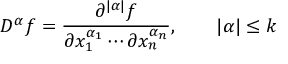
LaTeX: D ^ { \alpha } f = { \frac { \partial ^ { | \alpha | } f } { \partial x _ { 1 } ^ { \alpha _ { 1 } } \cdots \partial x _ { n } ^ { \alpha _ { n } } } } , \qquad | \alpha | \leq k